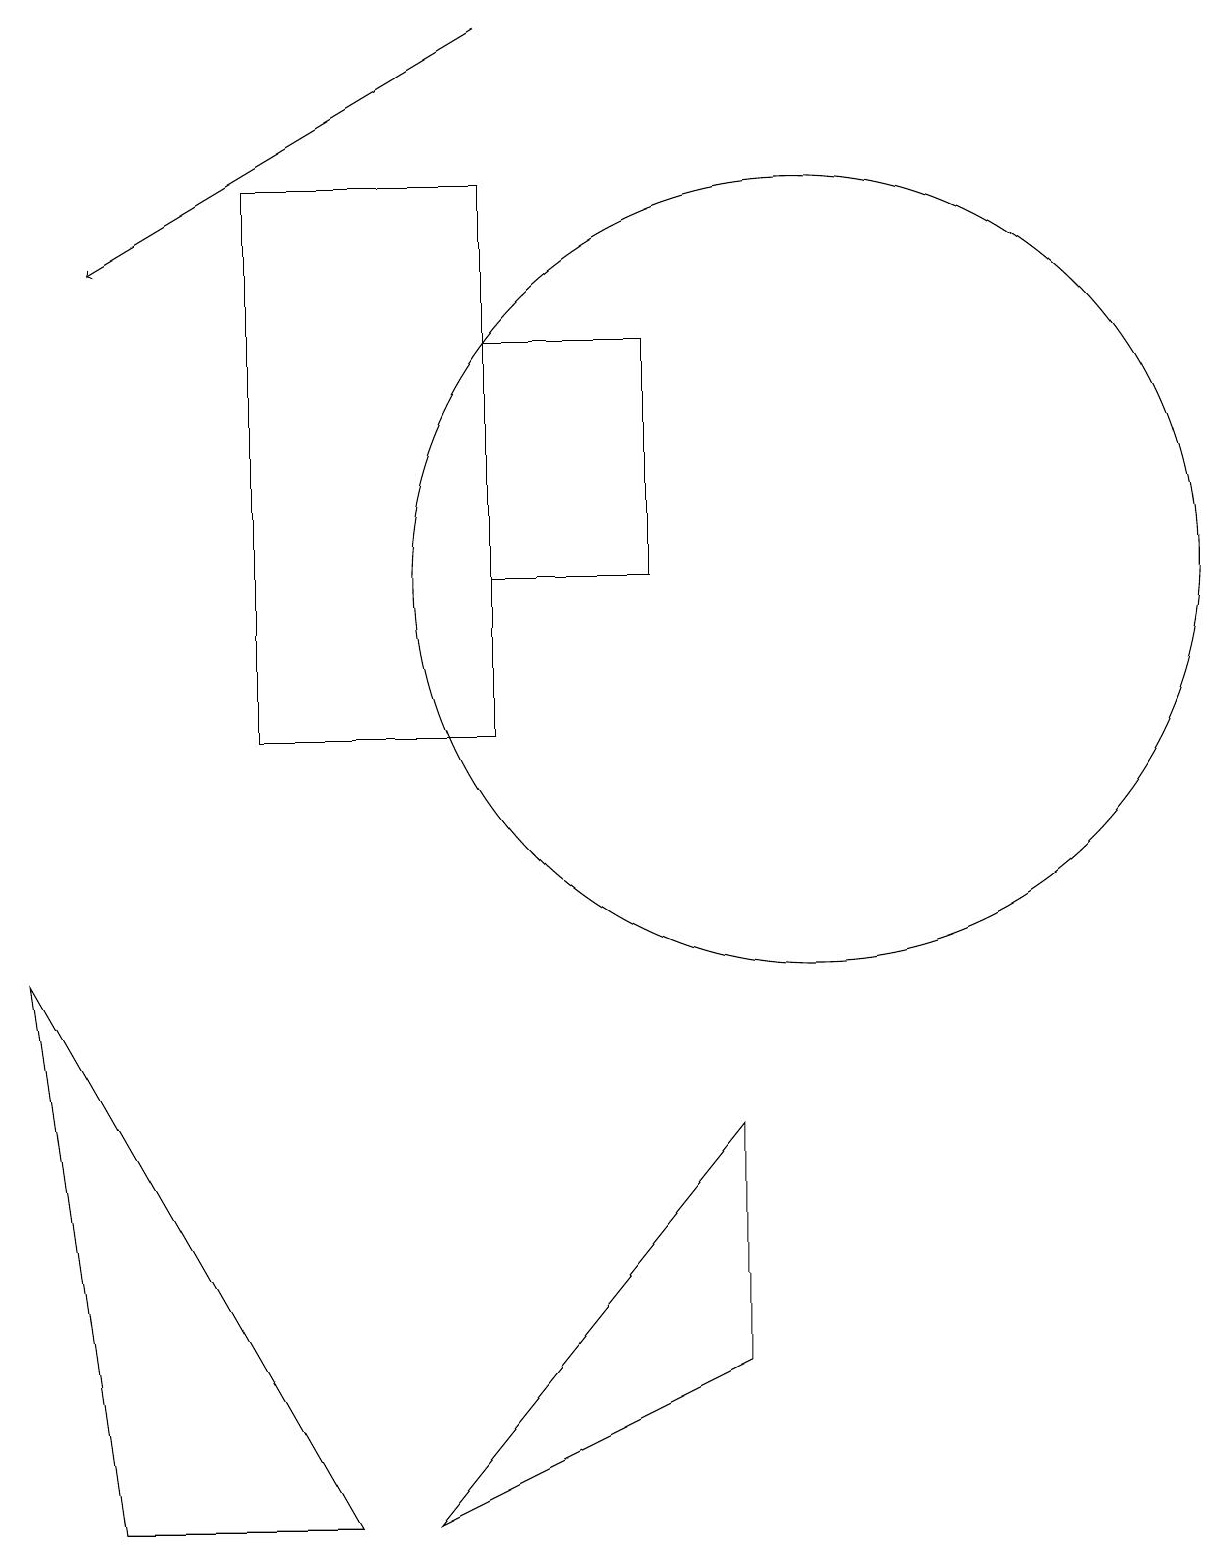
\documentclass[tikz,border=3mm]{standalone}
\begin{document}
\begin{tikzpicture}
\draw (5,0) -- (9,2) -- (9,5) -- cycle;
\draw (10,12) circle (5);
\draw[->] (6,19) -- (1,16);
\draw (0,7) -- (1,0) -- (4,0) -- cycle;
\draw (6,12) rectangle (8,15);
\draw (3,10) rectangle (6,17);
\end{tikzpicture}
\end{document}